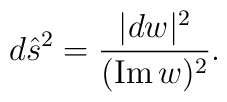
d{\hat s}^2={|dw|^2\over ({\rm Im}\,w)^{2}}.